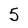
Character: 5